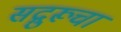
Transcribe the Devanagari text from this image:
सद्गुरूचा